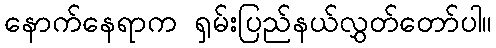
နောက်နေရာက ရှမ်းပြည်နယ်လွှတ်တော်ပါ။